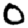
Digit: 0